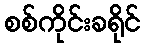
စစ်ကိုင်းခရိုင်